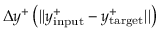
\Delta y ^ { + } \left( | | y _ { \mathrm { i n p u t } } ^ { + } - y _ { \mathrm { t a r g e t } } ^ { + } | | \right)